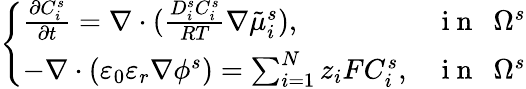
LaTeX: \left\{ \begin{array}{ll}{\frac{\partial C_{i}^{s}}{\partial t}=\nabla\cdot(\frac{D_{i}^{s}C_{i}^{s}}{RT}\nabla\tilde{\mu}_{i}^{s}),}&{\mathrm{~i~n~~~}\Omega^{s}}\\ {-\nabla\cdot(\varepsilon_{0}\varepsilon_{r}\nabla\phi^{s})=\sum_{i=1}^{N}z_{i}FC_{i}^{s},}&{\mathrm{~i~n~~~}\Omega^{s}}\end{array}\right.